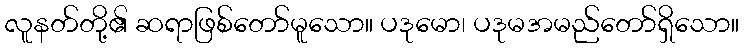
လူနတ်တို့၏ ဆရာဖြစ်တော်မူသော။ ပဒုမော၊ ပဒုမအမည်တော်ရှိသော။